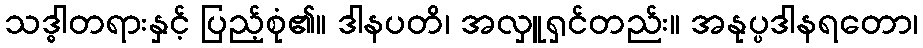
သဒ္ဓါတရားနှင့် ပြည့်စုံ၏။ ဒါနပတိ၊ အလှူရှင်တည်း။ အနုပ္ပဒါနရတော၊